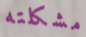
مشكلته